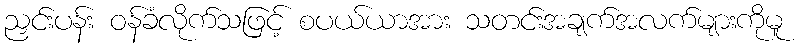
ညှင်းပန်း ဝန်ခံလိုက်သဖြင့် စပယ်ယာအား သတင်းအချက်အလက်များကိုမူ